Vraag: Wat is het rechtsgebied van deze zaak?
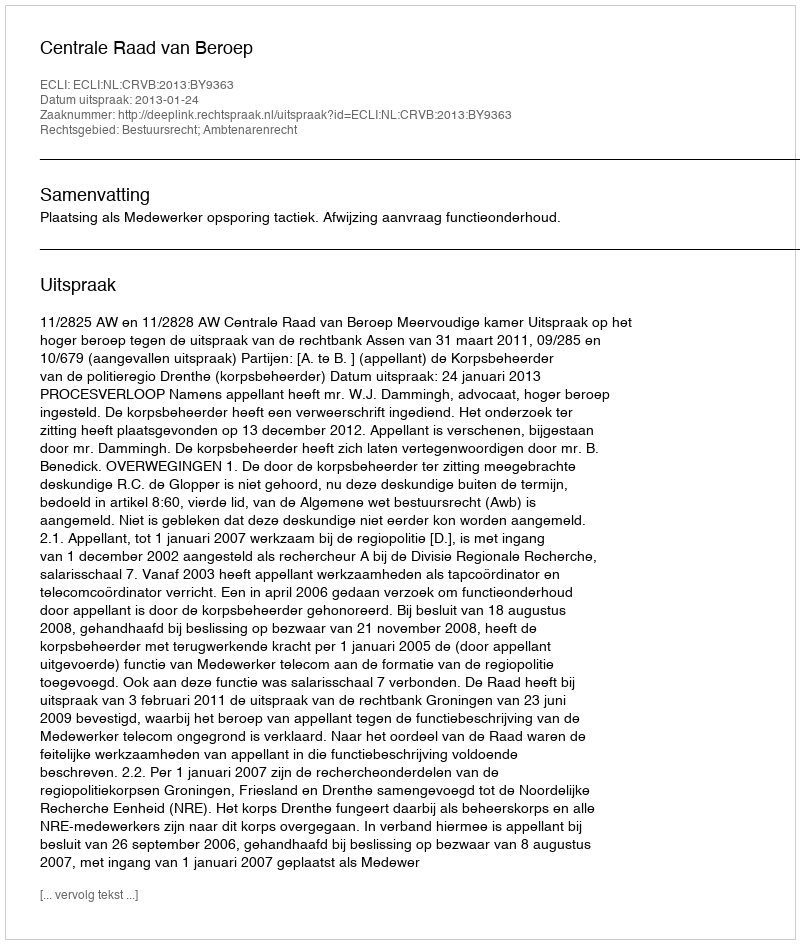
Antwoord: Bestuursrecht; Ambtenarenrecht